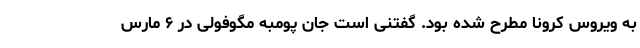
به ویروس کرونا مطرح شده بود. گفتنی است جان پومبه مگوفولی در ۶ مارس